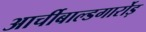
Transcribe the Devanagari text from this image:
आर्चीबाल्डगार्रोड़